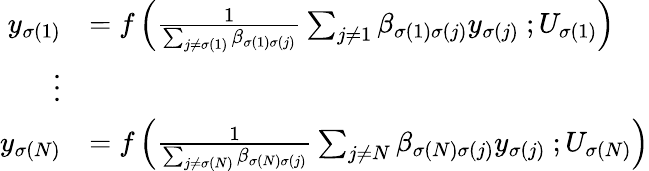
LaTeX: \begin{array}{rl}{y_{\sigma(1)}}&{=f\left(\frac{1}{\sum_{j\neq\sigma(1)}\beta_{\sigma(1)\sigma(j)}}\sum_{j\neq 1}\beta_{\sigma(1)\sigma(j)}y_{\sigma(j)}\ ;U_{\sigma(1)}\right)}\\ {\vdots}&{}\\ {y_{\sigma(N)}}&{=f\left(\frac{1}{\sum_{j\neq\sigma(N)}\beta_{\sigma(N)\sigma(j)}}\sum_{j\neq N}\beta_{\sigma(N)\sigma(j)}y_{\sigma(j)}\ ;U_{\sigma(N)}\right)}\end{array}